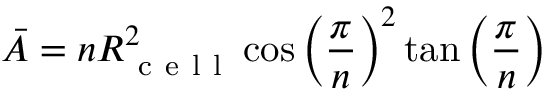
\Bar { A } = n R _ { \mathrm { ~ c ~ e ~ l ~ l ~ } } ^ { 2 } \cos \left( \frac { \pi } { n } \right) ^ { 2 } \tan \left( \frac { \pi } { n } \right)